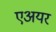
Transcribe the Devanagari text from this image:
एअयर